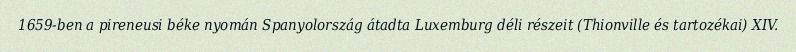
1659-ben a pireneusi béke nyomán Spanyolország átadta Luxemburg déli részeit (Thionville és tartozékai) XIV.